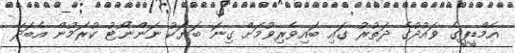
އެމްޑީޕީގެ ވައުދުގެ ދަތުރު ގައި ބައިވެރިވުމަށް ގިނަ ބަޔަކު ނަންނޯޓު ކުރަމުން އެބަދޭ